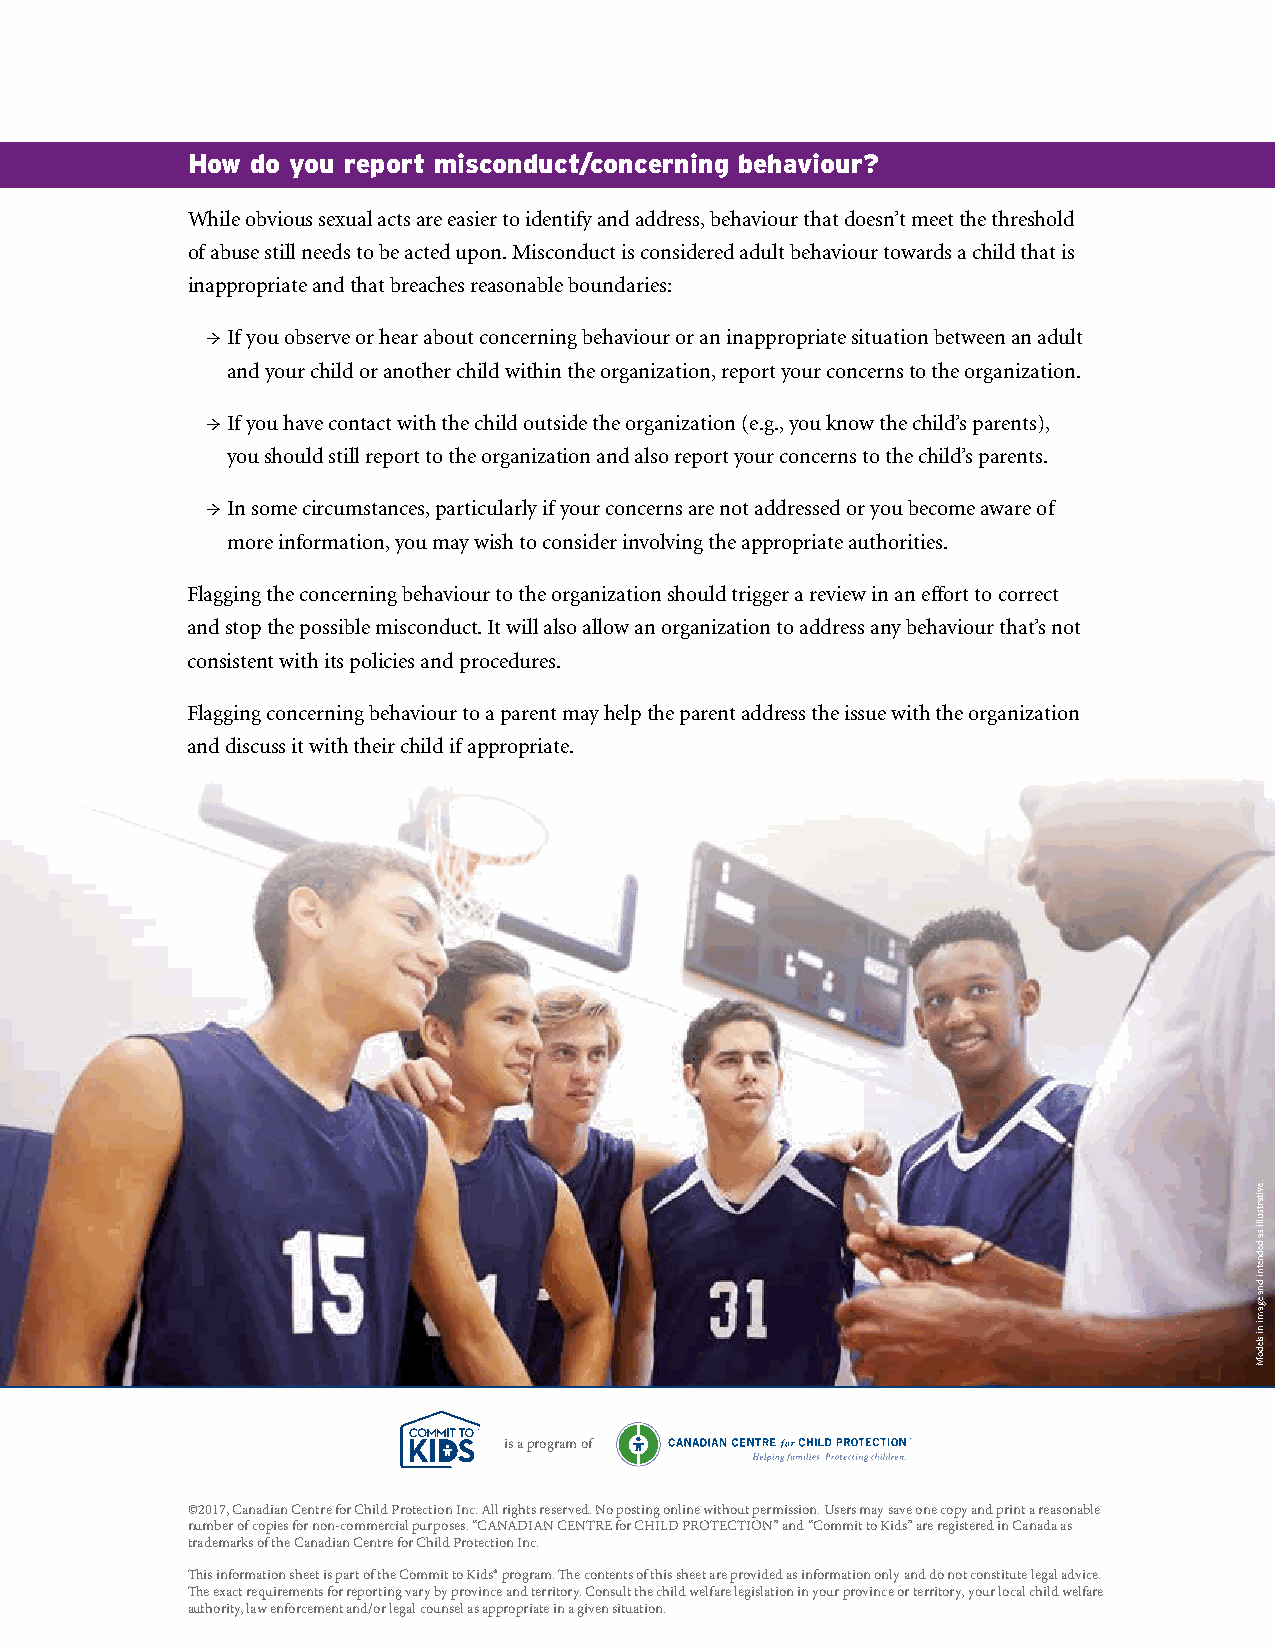
How  do you report misconduct/concerning behaviour?
 While obvious sexual acts are easier to identify and address, behaviour that doesn’t meet the threshold
 of abuse still needs to be acted upon. Misconduct is considered adult behaviour towards a child that is
 inappropriate and that breaches reasonable boundaries:
 → If you observe or hear about concerning behaviour or an inappropriate situation between an adult
 and your child or another child within the organization, report your concerns to the organization.
 → If you have contact with the child outside the organization (e.g., you know the child’s parents),
 you should still report to the organization and also report your concerns to the child’s parents.
 → In some circumstances, particularly if your concerns are not addressed or you become aware of
 more information, you may wish to consider involving the appropriate authorities.
 Flagging the concerning behaviour to the organization should trigger a review in an effort to correct
 and stop the possible misconduct. It will also allow an organization to address any behaviour that’s not
 consistent with its policies and procedures.
 Flagging concerning behaviour to a parent may help the parent address the issue with the organization
 and discuss it with their child if appropriate.
 is a program of
 ©2017, Canadian Centre for Child Protection Inc. All rights reserved. No posting online without permission. Users may save one copy and print a reasonable
 number of copies for non-commercial purposes. “CANADIAN CENTRE for CHILD PROTECTION” and “Commit to Kids” are registered in Canada as
 trademarks of the Canadian Centre for Child Protection Inc.
 This information sheet is part of the Commit to Kids® program. The contents of this sheet are provided as information only and do not constitute legal advice.
 The exact requirements for reporting vary by province and territory. Consult the child welfare legislation in your province or territory, your local child welfare
 authority, law enforcement and/or legal counsel as appropriate in a given situation.
 .evitartsulli
 sa
 dednetni
 dna
 egami
 ni
 sledoM